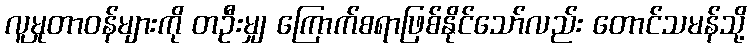
လူမှုတာဝန်များကို တဦးမျှ ကြောက်စရာဖြစ်နိုင်သော်လည်း တောင်သမန်သို့